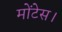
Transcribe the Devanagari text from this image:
मोंटेस।